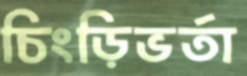
চিংড়িভর্তা